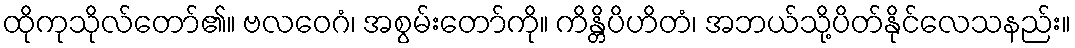
ထိုကုသိုလ်တော်၏။ ဗလဝေဂံ၊ အစွမ်းတော်ကို။ ကိန္တိပိဟိတံ၊ အဘယ်သို့ပိတ်နိုင်လေသနည်း။